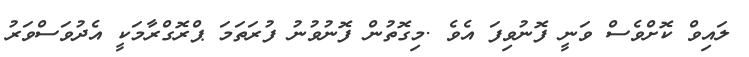
ލައިވް ކޮށްވެސް ވަނީ ފޮނުވިފަ އެވެ .މިގޮތުން ފޮނުވުނު ފުރަތަމަ ޕްރޮގްރާމަކީ އެދުވަސްވަރު